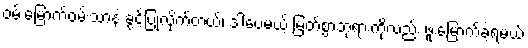
ဝမ်းမြောက်ဝမ်းသာနဲ့ ခွင့်ပြုလိုက်တယ်၊ ဒါပေမယ့် မြတ်စွာဘုရားကိုလည်း ဖူးမြောက်ခဲ့ရမယ်